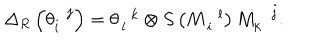
\Delta _ { R } \left( \theta _ { i } ^ { \, \, \, \, j } \right) = \theta _ { \, l } ^ { \, \, \, \, k } \otimes S \left( M _ { \, i } ^ { \, \, \, \, l } \right) M _ { k } ^ { \, \, \, \, \, j } .